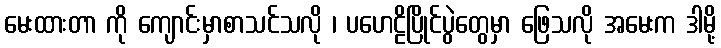
မေးထားတာ ကို ကျောင်းမှာစာသင်သလို ၊ ပဟေဠိပြိုင်ပွဲတွေမှာ ဖြေသလို အမေးက ဒါမို့